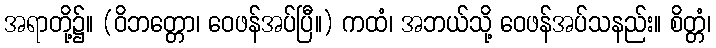
အရာတို့၌။ (ဝိဘတ္တော၊ ဝေဖန်အပ်ပြီ။) ကထံ၊ အဘယ်သို့ ဝေဖန်အပ်သနည်း။ စိတ္တံ၊